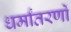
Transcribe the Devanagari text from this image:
धर्मांतरणों